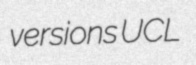
versions UCL